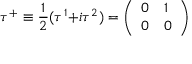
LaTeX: \tau ^ { + } \equiv { \frac { 1 } { 2 } } ( \tau ^ { 1 } { + } i \tau ^ { 2 } ) = { \left( \begin{array} { l l } { 0 } & { 1 } \\ { 0 } & { 0 } \end{array} \right) }